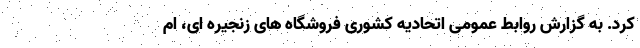
کرد. به گزارش روابط عمومی اتحادیه کشوری فروشگاه های زنجیره ای، ام